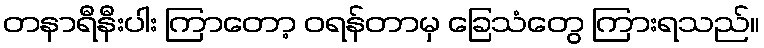
တနာရီနီးပါး ကြာတော့ ဝရန်တာမှ ခြေသံတွေ ကြားရသည်။